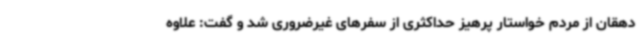
دهقان از مردم خواستار پرهیز حداکثری از سفرهای غیرضروری شد و گفت: علاوه